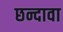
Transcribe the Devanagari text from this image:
छन्दावा